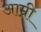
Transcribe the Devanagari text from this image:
आम्री